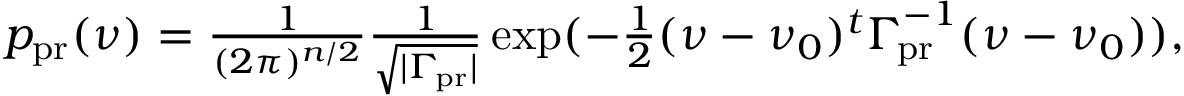
\begin{array} { r } { \begin{array} { l } { p _ { \mathrm { p r } } ( \ensuremath { \boldsymbol \nu } ) = { \frac { 1 } { ( 2 \pi ) ^ { n / 2 } } } { \frac { 1 } { \sqrt { | \ensuremath { \boldsymbol \Gamma _ { \! \mathrm { p r } } } | } } } \exp ( - { \frac { 1 } { 2 } } ( \ensuremath { \boldsymbol \nu } - \ensuremath { \boldsymbol \nu } _ { 0 } ) ^ { t } \ensuremath { \boldsymbol \Gamma _ { \! \mathrm { p r } } } ^ { - 1 } ( \ensuremath { \boldsymbol \nu } - \ensuremath { \boldsymbol \nu } _ { 0 } ) ) , } \end{array} } \end{array}